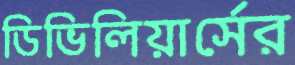
ডিভিলিয়ার্সের